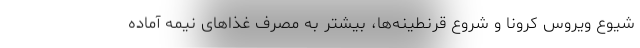
شیوع ویروس کرونا و شروع قرنطینه‌ها، بیشتر به مصرف غذاهای نیمه آماده